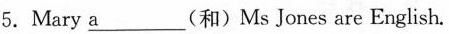
5.Mary \underline{a} (和)Ms Jones are English.